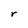
Character: r